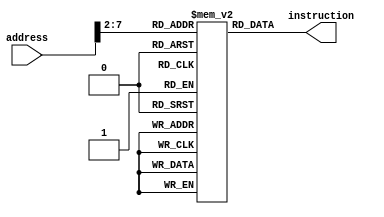
//**********************************************************************************************************
//				module: IM								   *
//**********************************************************************************************************

`timescale 1ns / 1ns

module IM(instruction,address);
input[31:0] address;
output reg [31:0] instruction;
reg[31:0] Imemory[63:0];

integer k;

initial begin
	for(k=0;k<64;k=k+1)begin
		Imemory[k] = 32'b0;
	end

	//You can give your own code block here.
		Imemory[0] = 32'b00100000000010000000000000100000; //addi $t0, $zero, 32
		Imemory[1] = 32'b00100000000010010000000000110111; //addi $t1, $zero, 55
		Imemory[2] = 32'b00000001000010011000000000100000; //add $s0, $t0, $t1
		Imemory[3] = 32'b00000001000010011000100000100010; //sub $s1, $t0, $t1
		Imemory[4] = 32'b00000001000010011001000000100100; //and $s2, $t0, $t1
		Imemory[5] = 32'b00000001000010011001100000100101; //or $s3, $t0, $t1
		Imemory[6] = 32'b00000001000010011010000000101010; //slt $s4, $t0, $t1 (LOOP) 
		Imemory[7] = 32'b00010010100000000000000000000110; //beq $s4, $zero, EXIT
		Imemory[8] = 32'b00000001000010010101000000100000; //add $t2, $t0, $t1
		Imemory[9] = 32'b00000001010010010101000000100000; //add $t2, $t2, $t1
		Imemory[10] = 32'b00000001010010000101100000100000; //add $t3, $t2, $t0
		Imemory[11] = 32'b10001100000101010000000000000100; //lw $s5, 4($zero)
		Imemory[12] = 32'b00000001010101011011000000100000; //add $s6, $t2, $s5
		Imemory[13] = 32'b00000010101010111011100000100000; //add $s7, $s5, $t3
		Imemory[14] = 32'b10101100000101010000000000001000; //sw $s5, 8($zero) (EXIT)
		Imemory[15] = 32'b00001000000000000000000000000110; //j LOOP
end

always @ (address) 
	begin
		instruction <= Imemory[address[13:2]];
end


endmodule